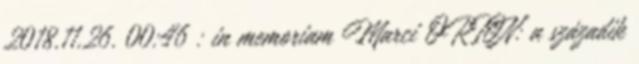
2018.11.26. 00:46 : in memoriam Marci ORION: a századik